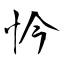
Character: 忴